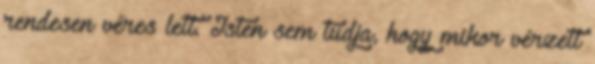
rendesen véres lett. Isten sem tudja, hogy mikor vérzett